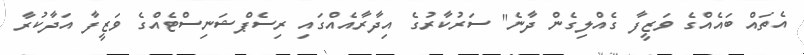
އެތައް ބައެއްގެ ވަޒީފާ ގެއްލިގެން ދާނެ" ސަރުކާރުގެ އިދާރާއެއްގައި ރިސެޕްޝަނިސްޓެއްގެ ވަޒީފާ އަދާކުރާ